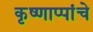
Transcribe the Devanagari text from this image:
कृष्णाप्पांचे